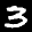
Label: 3